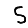
Digit: 5